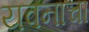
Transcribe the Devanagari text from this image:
यवनाचा